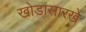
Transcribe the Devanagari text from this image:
खोडासारखे